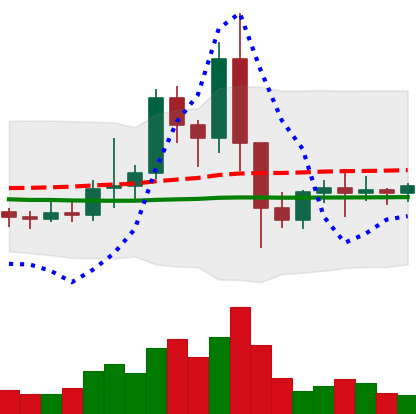
Ticker: EOS-USD
Chart end date: 2021-01-18
Forward return: -3.773%
Label: down_3_5